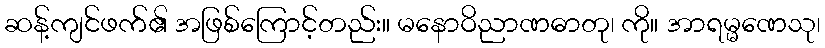
ဆန့်ကျင်ဖက်၏ အဖြစ်ကြောင့်တည်း။ မနောဝိညာဏဓာတု၊ ကို။ အာရမ္မဏေသု၊